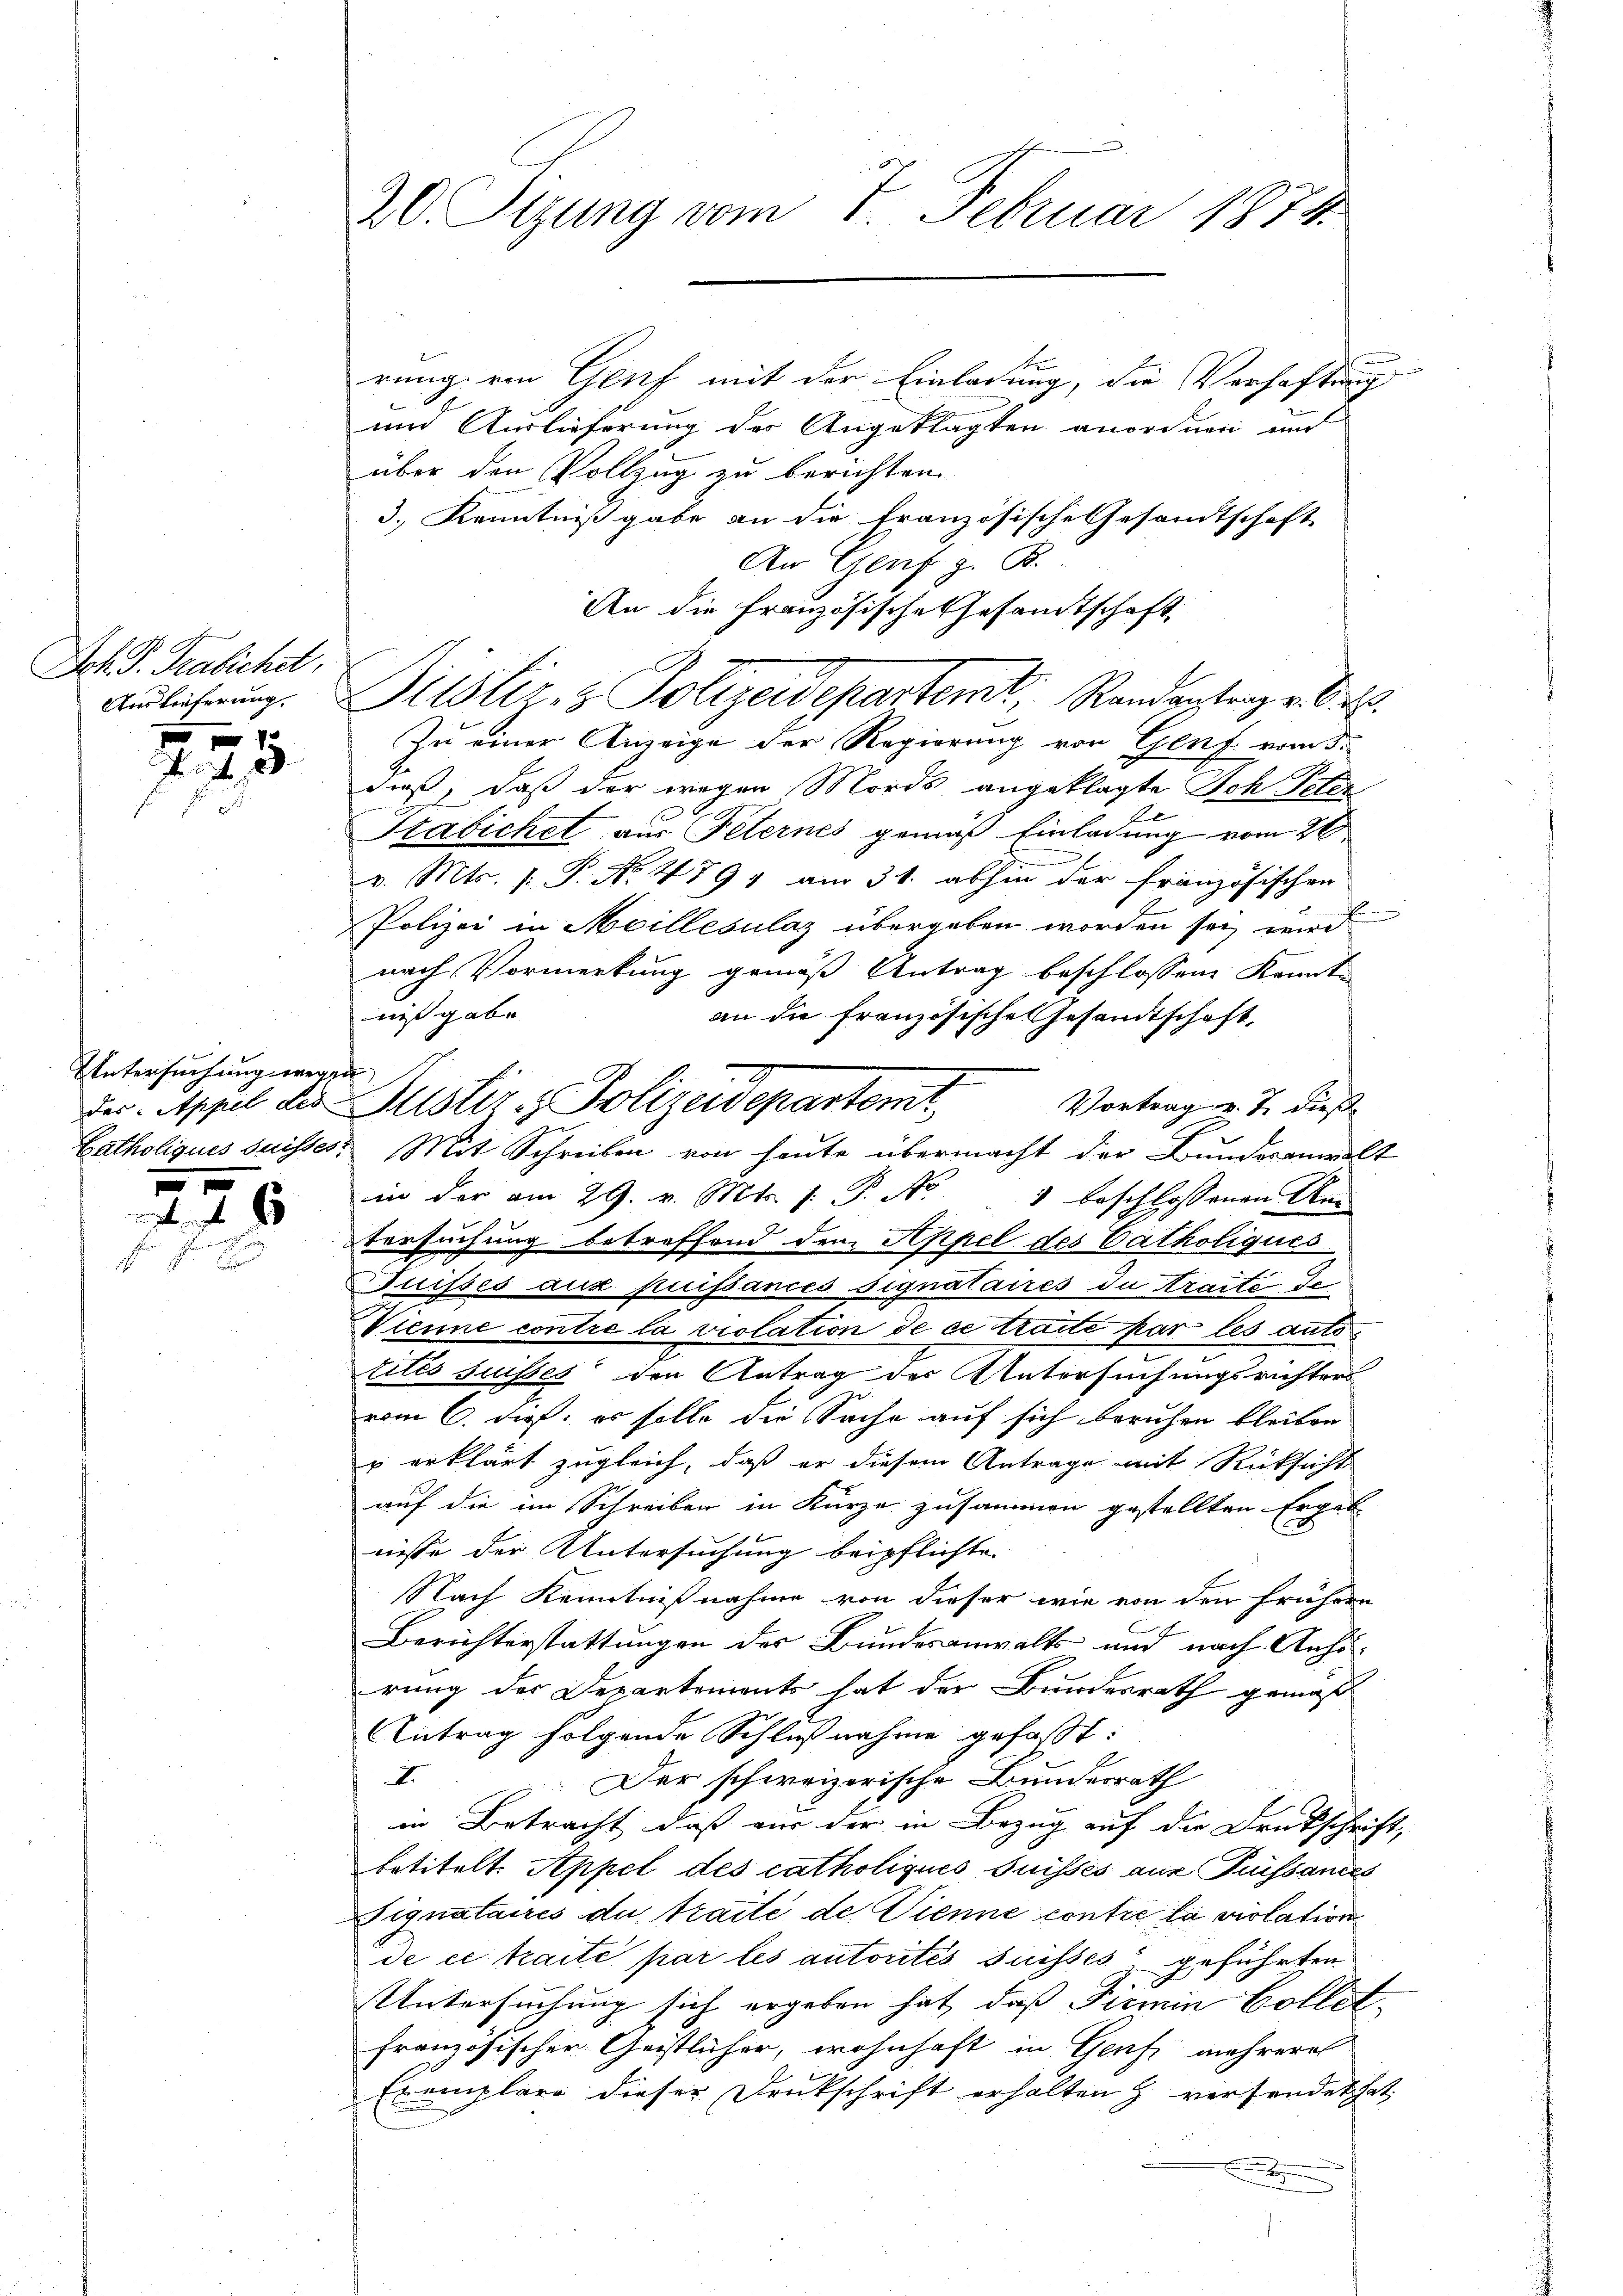
Ich. S. Trabichet,
Auslieferung.

.

Untersuchung wegen

.
 6

20. Sizung vom 7. Februar 1874.

Se
rung von Genf mit der Einladung, die Verhaftung
und Auslieferung des Angeklagten anordnen und
über den Vollzug zu berichten.
3.) Kenntnißgabe an die französische Gesamtschaft
An Genf z. R.
An die Französische Gesamtschaft
Zu einer Anzeige der Regierung von Genf vom 3.
dieß, daß der wegen Mords angeklagte Joh Peter
E
Stabichet aus Peternes gemäß Einladung vom 26
x
v. Mts. f. P. No 4794 am 31. abhin der französischen
Polizei in Meillesilaz übergeben worden sei, wird
nach Vormerkung gemäß Antrag beschlossene Konnt
niß gabe
an die französische Gesandtschaft,
in der am 29. v. Mts. [ P. Nr. 1 beschlossenen Am
tersuchung betreffend dem Appel des Catholiqués
Suisses aux puissances signataires du traite de
Vienne contre la violation de ce traite par les auto
titis suisses den Antrag der Untersuchungsrichters
vom 6. dieß, es solle die Sache auf sich beruhen bleiben
u erklärt zugleich, daß er diesem Antrage mit Rücksicht
auf die im Schreiben in Kurze zusammen gestellten Ergeb
nisse der Untersuchung beipflichte.
Nach Kenntnißnahme von dieser wie von den frühern
Berichterstattungen der Bundesanwalts und nach Anhörung der Departements hat der Bundesrath gemäß
Antrag folgende Schlußnahme gefaßt:
Der schweizerische Bundesrath
I
in Betracht, daß nur der in Bezug auf die Druckschrift,
betitelt. Appel des catholiques Suisses aus Trüssances
Signataires de traite de Sienne contre la violation
de ce traite par les autorités suisses geführten
Untersuchung sich ergeben hat, daß Firmin Collet
französischer Geistlicher, wohnhaft in Genf mehreres
Exemplare dieser Druckschrift erhalten & verfendet hat,

Justiz- & Polizeidepartemt, Randvertrage 62.

der Appel der Justiz & Polizeidepartemt. Vortragen J. dieß
Latholiques suisses Mit Schreiben von heute übermacht der Bundesanwalt